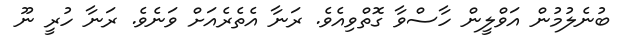
ބުނެލުމުން އަވްލީން ހާސްވާ ގޮތްވިއެވެ. ރަނާ އެތެރެއަށް ވަނެވެ. ރަނާ ހުރީ ނޫ